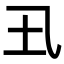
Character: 𡈾